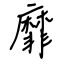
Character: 靡